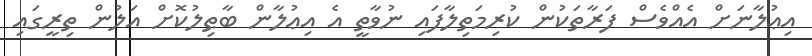
އިޢުލާނަށް އެއްވެސް ފަރާތަކުން ކުރިމަތިލާފައި ނުވާތީ އެ އިޢުލާން ބާޠިލުކޮށް އަލުން ތިރީގައި